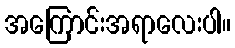
အကြောင်းအရာလေးပါ။